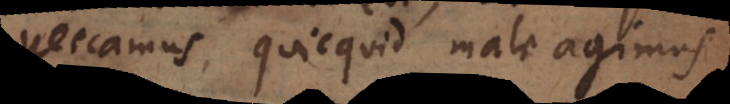
peccamus, quicquid male agimus.